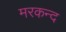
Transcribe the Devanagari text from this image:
मरकन्द